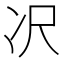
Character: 𪞚